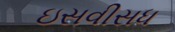
ઇસવીસધ